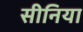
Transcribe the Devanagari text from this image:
सीनिया